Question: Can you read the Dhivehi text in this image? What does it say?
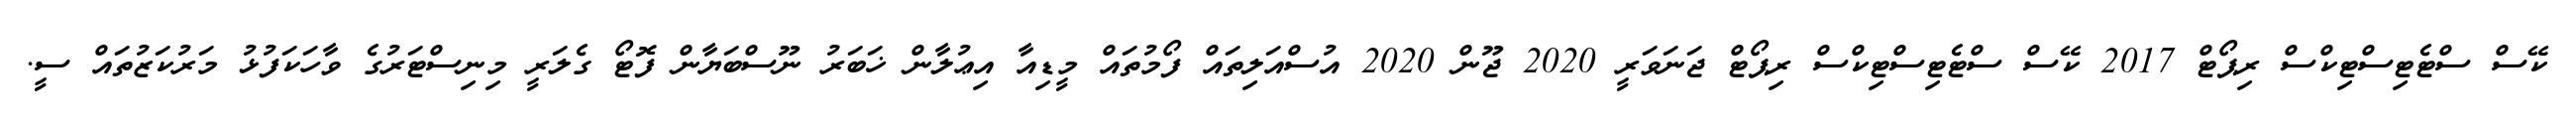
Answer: ކޭސް ސްޓެޓިސްޓިކްސް ރިޕޯޓް 2017 ކޭސް ސްޓެޓިސްޓިކްސް ރިޕޯޓް ޖަނަވަރީ 2020 ޖޫން 2020 އުސްއަލިތައް ފޯމުތައް މީޑިއާ އިޢުލާން ޚަބަރު ނޫސްބަޔާން ފޮޓޯ ގެލަރީ މިނިސްޓަރުގެ ވާހަކަފުޅު މަރުކަޒުތައް ސީ.